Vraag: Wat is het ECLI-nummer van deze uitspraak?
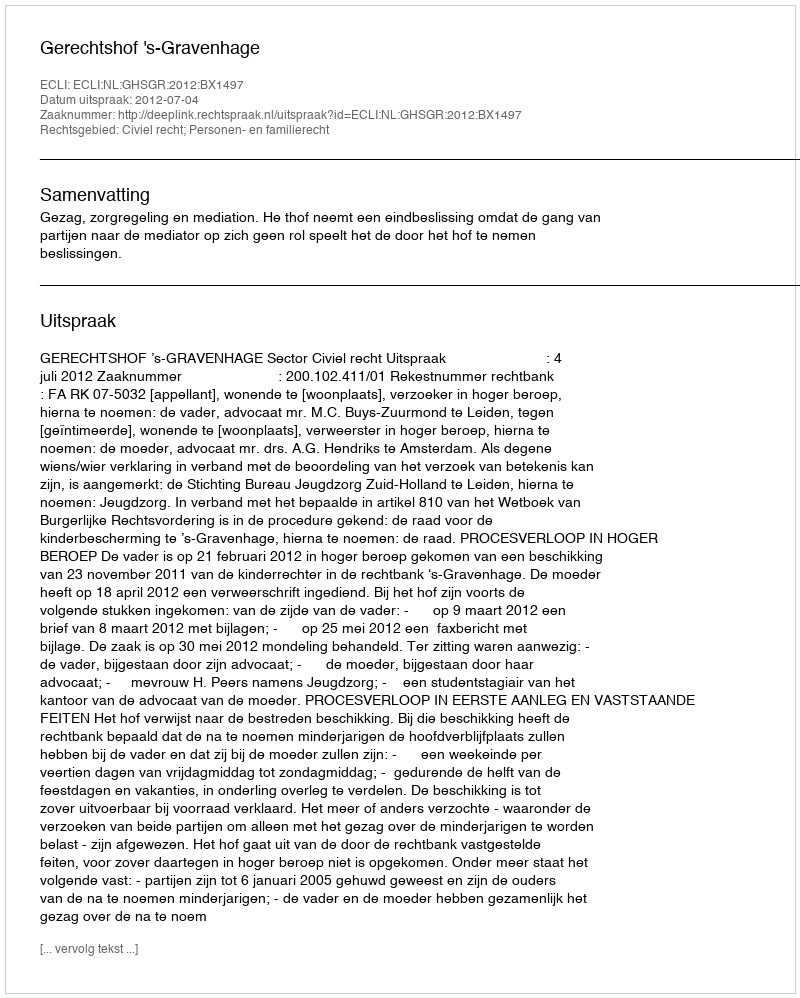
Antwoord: ECLI:NL:GHSGR:2012:BX1497